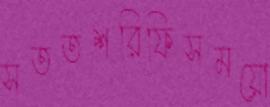
সততশরিফিসময়ো